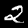
Digit: 2